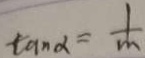
\tan \alpha = \frac { 1 } { m }